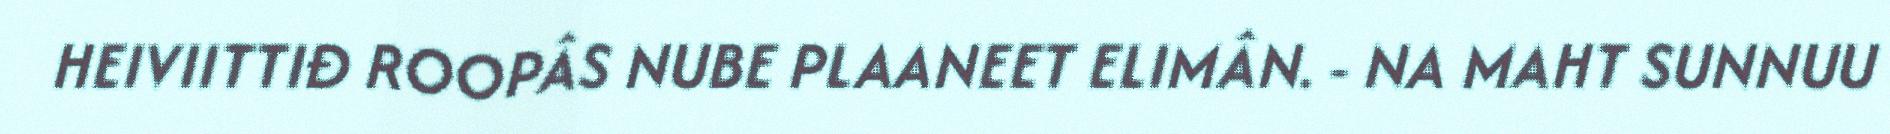
HEIVIITTIĐ ROOPÂS NUBE PLAANEET ELIMÂN. - NA MAHT SUNNUU